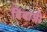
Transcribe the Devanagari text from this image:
बिंबाजी